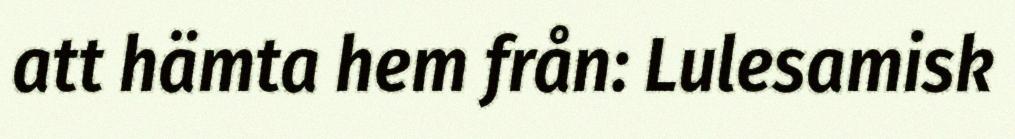
att hämta hem från: Lulesamisk